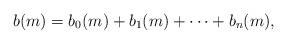
LaTeX: \begin{align*}b(m) = b_0(m) + b_1(m) + \dotsb + b_n(m),\end{align*}